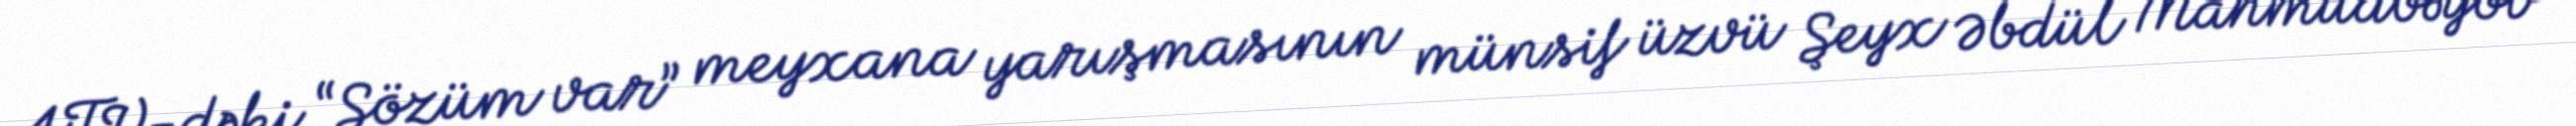
ATV-dəki “Sözüm var” meyxana yarışmasının münsif üzvü Şeyx Əbdül Mahmudbəyov